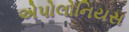
એપોલોનિયસ